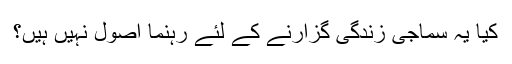
کیا یہ سماجی زندگی گزارنے کے لئے رہنما اصول نہیں ہیں؟